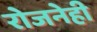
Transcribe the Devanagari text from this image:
रोजनेही